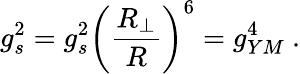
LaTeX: g_{s}^{2}=g_{s}^{2}\left({\frac{{R}_{\perp}}{R}}\right)^{6}=g_{YM}^{4}\ .